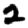
Digit: 2